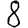
Digit: 8